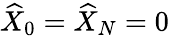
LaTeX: \widehat{X}_{0}=\widehat{X}_{N}=0